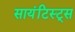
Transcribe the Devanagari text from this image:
सायंटिस्ट्स